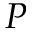
P